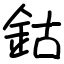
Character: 鈷